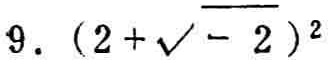
$9.\ (2 + \sqrt{- 2})^2$